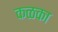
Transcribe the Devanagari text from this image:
कळका